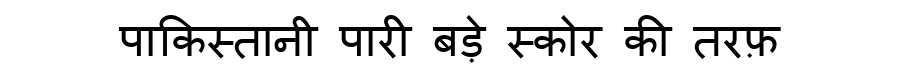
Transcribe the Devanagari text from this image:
पाकिस्तानी पारी बड़े स्कोर की तरफ़